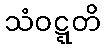
သံဝဋ္ဋတိ